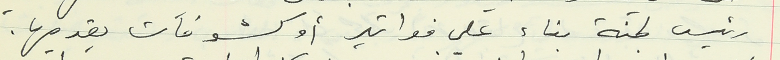
رئيس لجنة بناء على فواتير أو كشوفات يقدمها.